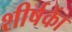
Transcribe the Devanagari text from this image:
शीर्षकाें